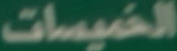
الخُسِاسَات